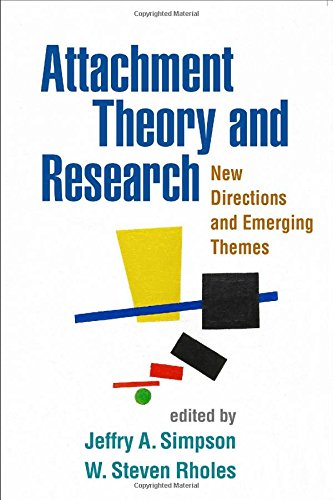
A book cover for Attachment Theory and Research: New Directions and Emerging Themes; Medical Books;